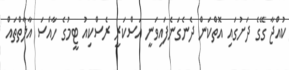
ކުއްޖާ ގޭގެ ދަށުގައި އޮތްކަން ދެނެގަނެފައިވަނީ އަސްކަރީ ރެސްކިއު ޓީމުގެ ހާއްސަ އާލާތްތައް